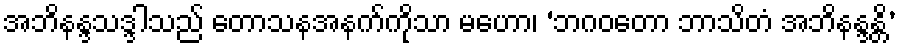
အဘိနန္ဒသဒ္ဒါသည် တောသနအနက်ကိုသာ မဟော၊ ‘ဘဂဝတော ဘာသိတံ အဘိနန္ဒန္တိ’